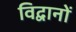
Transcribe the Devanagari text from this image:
विद्वानों